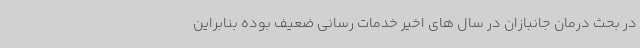
در بحث درمان جانبازان در سال های اخیر خدمات رسانی ضعیف بوده بنابراین